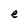
Character: e